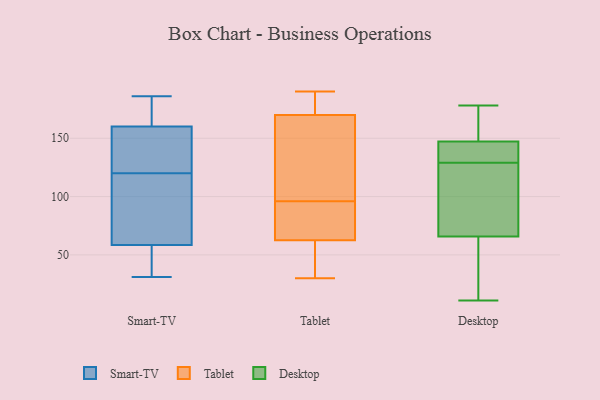
{"axis": {"x": "Inventory Turnover", "y": "Value"}, "legend": ["Desktop", "Smart-TV", "Tablet"], "data": [{"x": "", "y": 41, "type": "Smart-TV"}, {"x": "", "y": 32, "type": "Smart-TV"}, {"x": "", "y": 113, "type": "Smart-TV"}, {"x": "", "y": 117, "type": "Smart-TV"}, {"x": "", "y": 182, "type": "Smart-TV"}, {"x": "", "y": 178, "type": "Smart-TV"}, {"x": "", "y": 123, "type": "Smart-TV"}, {"x": "", "y": 186, "type": "Smart-TV"}, {"x": "", "y": 31, "type": "Smart-TV"}, {"x": "", "y": 76, "type": "Smart-TV"}, {"x": "", "y": 130, "type": "Smart-TV"}, {"x": "", "y": 142, "type": "Smart-TV"}, {"x": "", "y": 106, "type": "Tablet"}, {"x": "", "y": 186, "type": "Tablet"}, {"x": "", "y": 60, "type": "Tablet"}, {"x": "", "y": 174, "type": "Tablet"}, {"x": "", "y": 30, "type": "Tablet"}, {"x": "", "y": 86, "type": "Tablet"}, {"x": "", "y": 77, "type": "Tablet"}, {"x": "", "y": 135, "type": "Tablet"}, {"x": "", "y": 190, "type": "Tablet"}, {"x": "", "y": 39, "type": "Tablet"}, {"x": "", "y": 166, "type": "Tablet"}, {"x": "", "y": 65, "type": "Tablet"}, {"x": "", "y": 168, "type": "Desktop"}, {"x": "", "y": 147, "type": "Desktop"}, {"x": "", "y": 129, "type": "Desktop"}, {"x": "", "y": 175, "type": "Desktop"}, {"x": "", "y": 141, "type": "Desktop"}, {"x": "", "y": 67, "type": "Desktop"}, {"x": "", "y": 69, "type": "Desktop"}, {"x": "", "y": 65, "type": "Desktop"}, {"x": "", "y": 66, "type": "Desktop"}, {"x": "", "y": 148, "type": "Desktop"}, {"x": "", "y": 137, "type": "Desktop"}, {"x": "", "y": 11, "type": "Desktop"}, {"x": "", "y": 143, "type": "Desktop"}, {"x": "", "y": 119, "type": "Desktop"}, {"x": "", "y": 178, "type": "Desktop"}, {"x": "", "y": 13, "type": "Desktop"}, {"x": "", "y": 44, "type": "Desktop"}]}